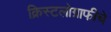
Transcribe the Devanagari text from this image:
क्रिस्टलोग्राफीचे